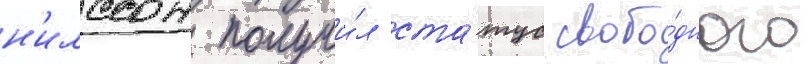
н'илссон получи́л ста́тус свобо́дного